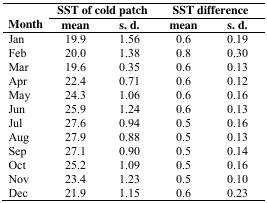
| <ROWSPAN=2>  | <COLSPAN=2> SST of cold patch | <COLSPAN=2> SST difference |
 | Month | mean | s. d. | mean | s. d. |
 | --- | --- | --- | --- | --- |
 | Jan | 19.9 | 1.56 | 0.6 | 0.19 |
 | Feb | 20.0 | 1.38 | 0.8 | 0.30 |
 | Mar | 19.6 | 0.35 | 0.6 | 0.13 |
 | Apr | 22.4 | 0.71 | 0.6 | 0.12 |
 | May | 24.3 | 1.06 | 0.6 | 0.16 |
 | Jun | 25.9 | 1.24 | 0.6 | 0.13 |
 | Jul | 27.6 | 0.94 | 0.5 | 0.16 |
 | Aug | 27.9 | 0.88 | 0.5 | 0.13 |
 | Sep | 27.1 | 0.90 | 0.5 | 0.14 |
 | Oct | 25.2 | 1.09 | 0.5 | 0.16 |
 | Nov | 23.4 | 1.23 | 0.5 | 0.10 |
 | Dec | 21.9 | 1.15 | 0.6 | 0.23 |